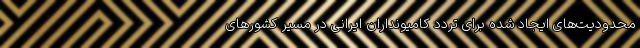
محدودیت‌های ایجاد شده برای تردد کامیونداران ایرانی در مسیر کشورهای